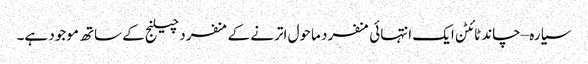
سیارہ –چاند ٹائٹن ایک انتہائی منفرد ماحول اترنے کے منفرد چیلنج کے ساتھ موجود ہے۔